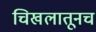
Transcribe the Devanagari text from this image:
चिखलातूनच